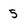
Character: 5